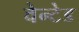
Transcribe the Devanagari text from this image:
वेन्टेड